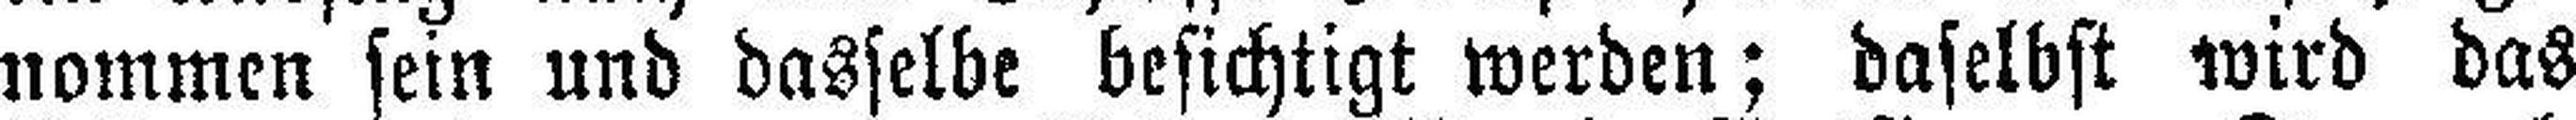
nommen sein und dasselbe besichtigt werden; daselbst wird das